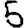
Digit: 5